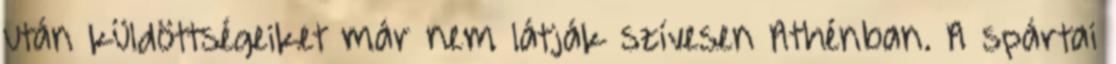
után küldöttségeiket már nem látják szívesen Athénban. A spártai